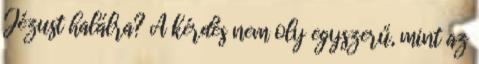
Jézust halálra? A kérdés nem oly egyszerű, mint az